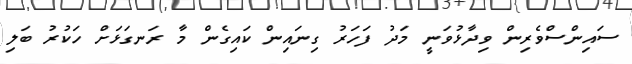
ސައިންސްވެރިން ވިދާޅުވަނީ މަދު ފަހަރު ގިނައިން ކައިގެން މާ ރަނގަޅަށް ހަކުރު ބަލި